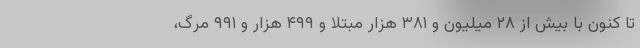
تا کنون با بیش از ۲۸ میلیون و ۳۸۱ هزار مبتلا و ۴۹۹ هزار و ۹۹۱ مرگ،